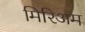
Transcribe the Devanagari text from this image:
मिरिअम